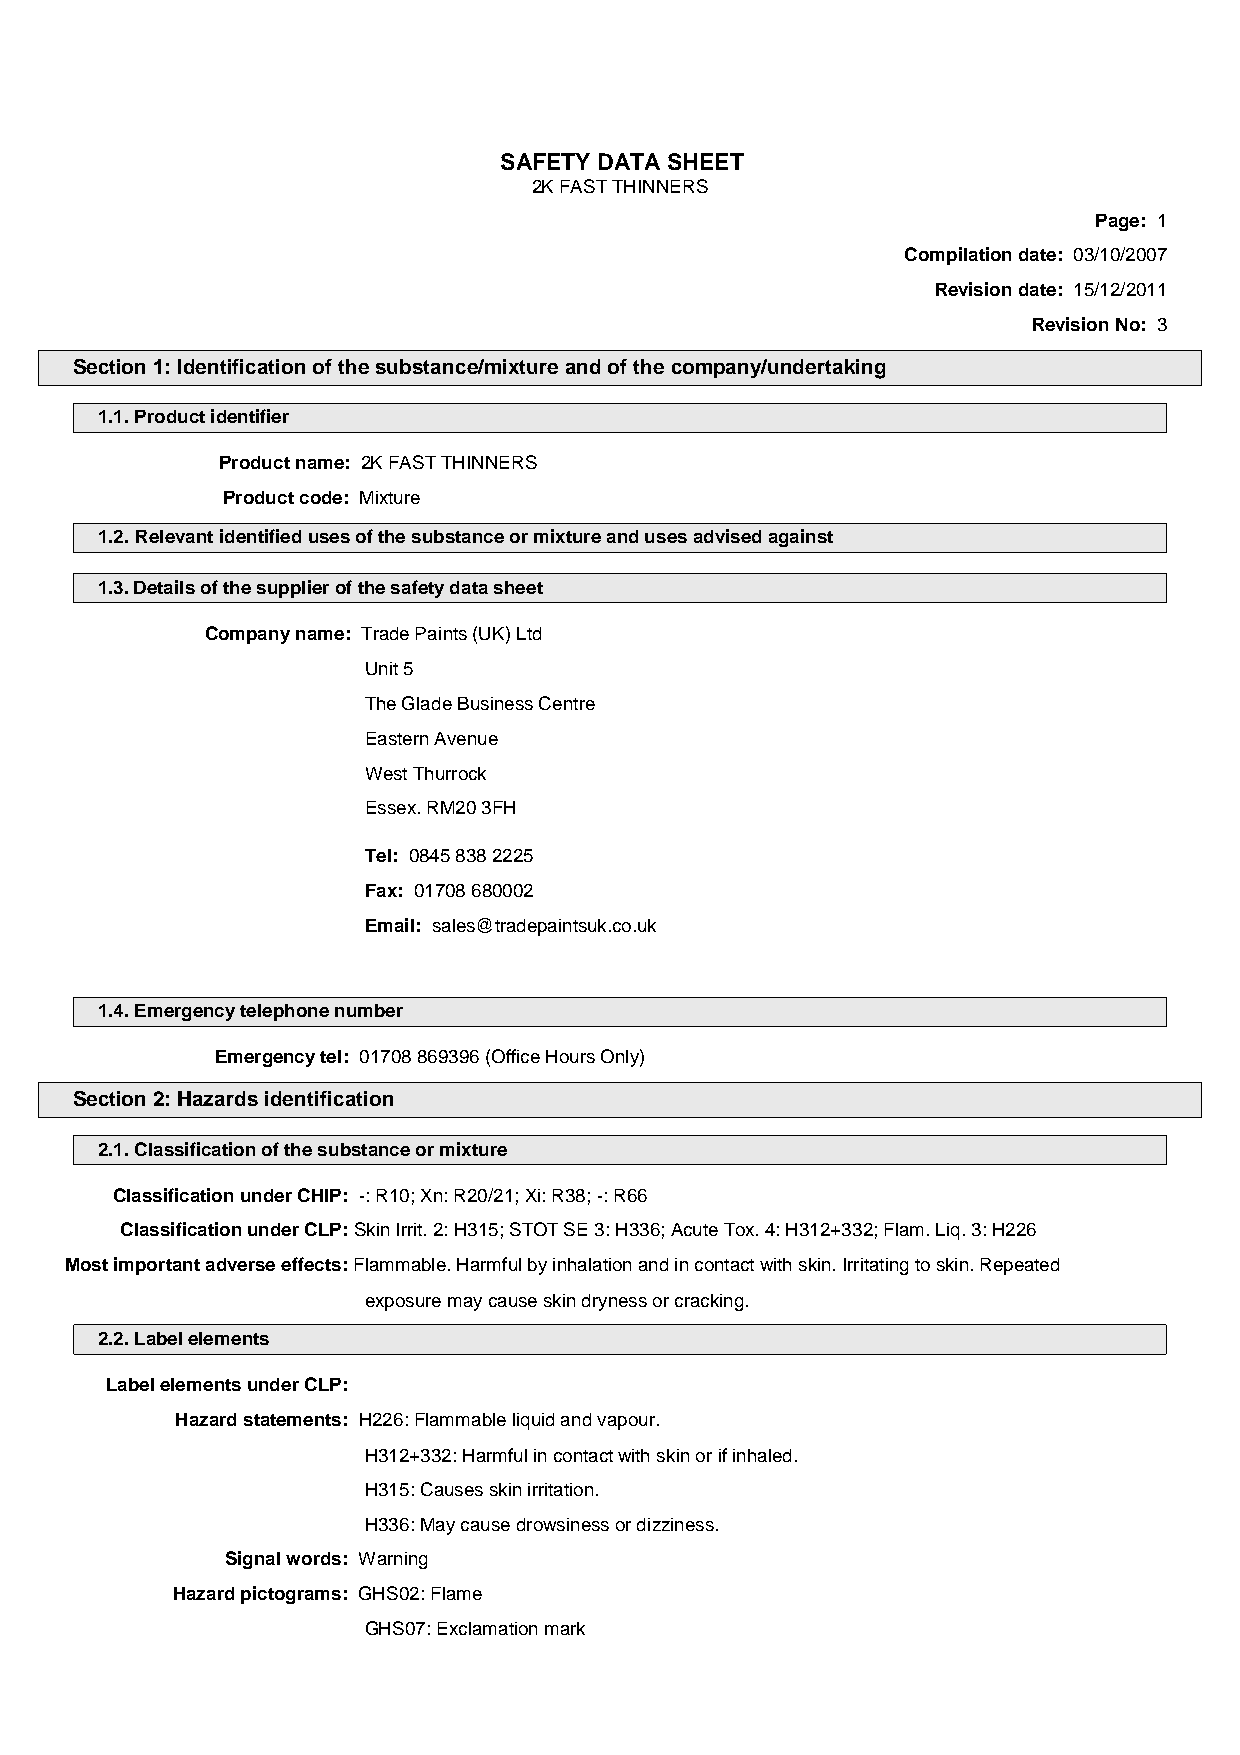
SAFETY DATA SHEET
 2K FAST THINNERS
 Page: 1
 Compilation date: 03/10/2007
 Revision date: 15/12/2011
 Revision No: 3
 Section 1: Identification of the substance/mixture and of the company/undertaking
 1.1. Product identifier
 Product name: 2K FAST THINNERS
 Product code: Mixture
 1.2. Relevant identified uses of the substance or mixture and uses advised against
 1.3. Details of the supplier of the safety data sheet
 Company name: Trade Paints (UK) Ltd
 Unit 5
 The Glade Business Centre
 Eastern Avenue
 West Thurrock
 Essex. RM20 3FH
 Tel: 0845 838 2225
 Fax: 01708 680002
 Email: sales@tradepaintsuk.co.uk
 1.4. Emergency telephone number
 Emergency tel: 01708 869396 (Office Hours Only)
 Section 2: Hazards identification
 2.1. Classification of the substance or mixture
 Classification under CHIP: -: R10; Xn: R20/21; Xi: R38; -: R66
 Classification under CLP: Skin Irrit. 2: H315; STOT SE 3: H336; Acute Tox. 4: H312+332; Flam. Liq. 3: H226
 Most important adverse effects: Flammable. Harmful by inhalation and in contact with skin. Irritating to skin. Repeated
 exposure may cause skin dryness or cracking.
 2.2. Label elements
 Label elements under CLP:
 Hazard statements: H226: Flammable liquid and vapour.
 H312+332: Harmful in contact with skin or if inhaled.
 H315: Causes skin irritation.
 H336: May cause drowsiness or dizziness.
 Signal words: Warning
 Hazard pictograms: GHS02: Flame
 GHS07: Exclamation mark